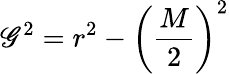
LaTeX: {}\mathscr{G}^{2}=r^{2}-\left({\frac{{M}}{{2}}}\right)^{2}